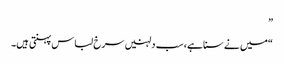
”
“میں نے سنا ہے، سب دلہنیں سرخ لباس پہنتی ہیں۔